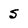
Character: 5